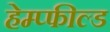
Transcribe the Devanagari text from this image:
हेम्प्फील्ड